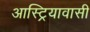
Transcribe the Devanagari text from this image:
आस्ट्रियावासी